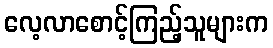
လေ့လာစောင့်ကြည့်သူများက